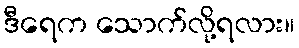
ဒီရေက သောက်လို့ရလား။